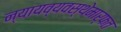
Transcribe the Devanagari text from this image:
न्यायव्यवस्थेमार्फत